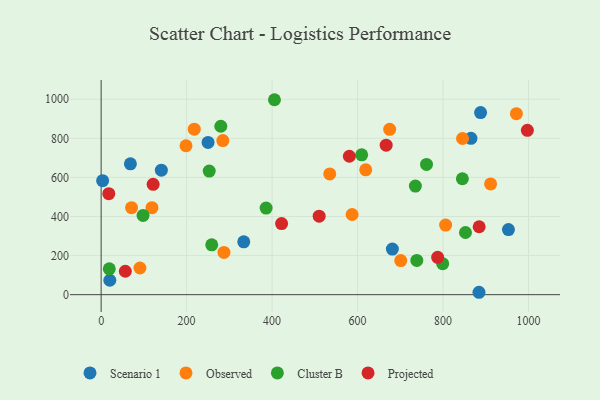
{"axis": {"x": "Price", "y": "Rating"}, "legend": ["Cluster B", "Observed", "Projected", "Scenario 1"], "data": [{"x": "884.1", "y": 12.2, "type": "Scenario 1"}, {"x": "865.3", "y": 800.0, "type": "Scenario 1"}, {"x": "68.5", "y": 669.3, "type": "Scenario 1"}, {"x": "333.7", "y": 270.1, "type": "Scenario 1"}, {"x": "20.3", "y": 73.8, "type": "Scenario 1"}, {"x": "953.0", "y": 333.2, "type": "Scenario 1"}, {"x": "140.9", "y": 637.1, "type": "Scenario 1"}, {"x": "681.4", "y": 233.3, "type": "Scenario 1"}, {"x": "3.5", "y": 583.3, "type": "Scenario 1"}, {"x": "250.2", "y": 778.8, "type": "Scenario 1"}, {"x": "887.8", "y": 931.7, "type": "Scenario 1"}, {"x": "675.1", "y": 845.8, "type": "Observed"}, {"x": "845.6", "y": 799.0, "type": "Observed"}, {"x": "287.4", "y": 216.2, "type": "Observed"}, {"x": "90.8", "y": 136.5, "type": "Observed"}, {"x": "806.0", "y": 356.1, "type": "Observed"}, {"x": "217.9", "y": 846.8, "type": "Observed"}, {"x": "971.6", "y": 926.1, "type": "Observed"}, {"x": "587.2", "y": 410.1, "type": "Observed"}, {"x": "198.6", "y": 761.8, "type": "Observed"}, {"x": "284.8", "y": 788.5, "type": "Observed"}, {"x": "701.0", "y": 174.2, "type": "Observed"}, {"x": "71.2", "y": 445.1, "type": "Observed"}, {"x": "534.9", "y": 617.6, "type": "Observed"}, {"x": "119.0", "y": 445.1, "type": "Observed"}, {"x": "619.1", "y": 638.9, "type": "Observed"}, {"x": "911.2", "y": 566.5, "type": "Observed"}, {"x": "738.6", "y": 175.3, "type": "Cluster B"}, {"x": "735.3", "y": 555.4, "type": "Cluster B"}, {"x": "252.9", "y": 632.5, "type": "Cluster B"}, {"x": "845.2", "y": 593.1, "type": "Cluster B"}, {"x": "761.3", "y": 666.4, "type": "Cluster B"}, {"x": "405.6", "y": 997.4, "type": "Cluster B"}, {"x": "386.0", "y": 443.2, "type": "Cluster B"}, {"x": "19.1", "y": 132.3, "type": "Cluster B"}, {"x": "609.6", "y": 715.5, "type": "Cluster B"}, {"x": "852.5", "y": 318.0, "type": "Cluster B"}, {"x": "799.1", "y": 158.5, "type": "Cluster B"}, {"x": "258.8", "y": 255.2, "type": "Cluster B"}, {"x": "280.0", "y": 861.8, "type": "Cluster B"}, {"x": "98.1", "y": 405.2, "type": "Cluster B"}, {"x": "17.9", "y": 516.6, "type": "Projected"}, {"x": "510.1", "y": 401.5, "type": "Projected"}, {"x": "787.4", "y": 190.8, "type": "Projected"}, {"x": "580.8", "y": 708.3, "type": "Projected"}, {"x": "56.6", "y": 119.7, "type": "Projected"}, {"x": "666.9", "y": 765.0, "type": "Projected"}, {"x": "884.5", "y": 347.4, "type": "Projected"}, {"x": "997.3", "y": 840.7, "type": "Projected"}, {"x": "422.2", "y": 363.8, "type": "Projected"}, {"x": "121.7", "y": 564.7, "type": "Projected"}]}